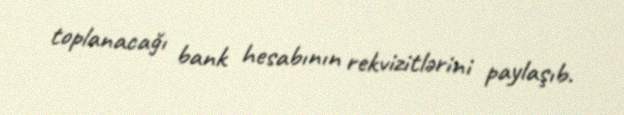
toplanacağı bank hesabının rekvizitlərini paylaşıb.